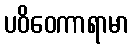
ပဝိဝေကာရာမာ